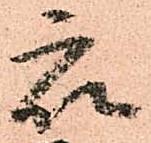
衆